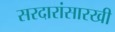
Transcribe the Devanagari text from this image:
सरदारांसारखी